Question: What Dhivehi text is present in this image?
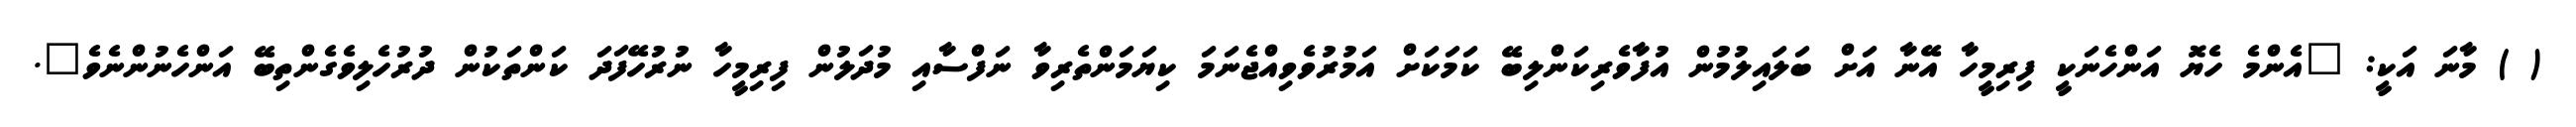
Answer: ( ) މާނަ އަކީ: "އެންމެ ހެޔޮ އަންހެނަކީ ފިރިމީހާ އޭނާ އަށް ބަލައިލުމުން އުފާވެރިކަންލިބޭ ކަމަކަށް އަމުރުވެވިއްޖެނަމަ ކިޔަމަންތެރިވާ ނަފްސާއި މުދަލުން ފިރިމީހާ ނުރުހޭފަދަ ކަންތަކުން ދުރުހެލިވެގެންތިބޭ އަންހެނުންނެވެ".